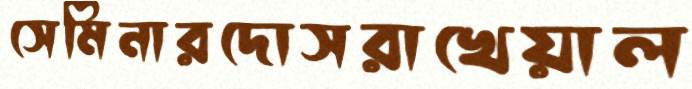
সেমিনারদোসরাখেয়াল